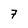
Character: 7